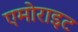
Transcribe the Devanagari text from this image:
एमोराइट